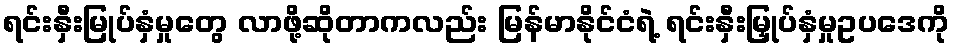
ရင်းနှီးမြုပ်နှံမှုတွေ လာဖို့ဆိုတာကလည်း မြန်မာနိုင်ငံရဲ့ ရင်းနှီးမြှုပ်နှံမှုဥပဒေကို